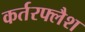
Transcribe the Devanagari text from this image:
कर्तरफ्लैश